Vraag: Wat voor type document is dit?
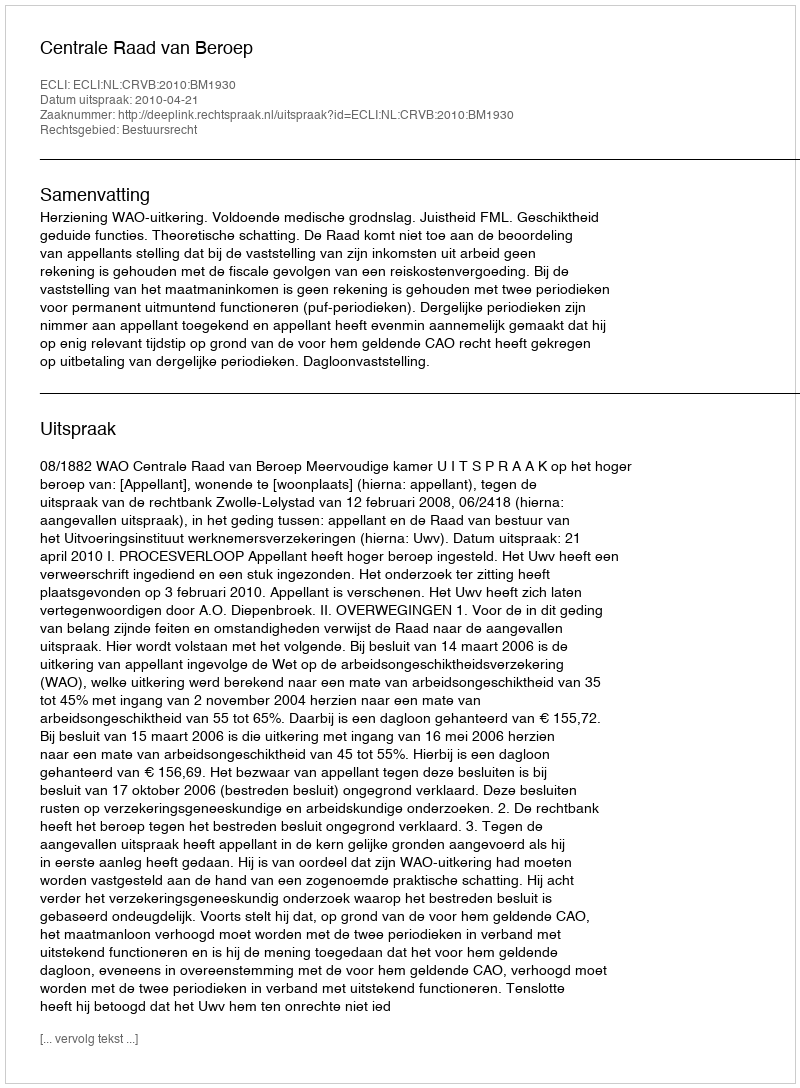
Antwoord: Uitspraak